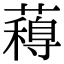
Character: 𮒋